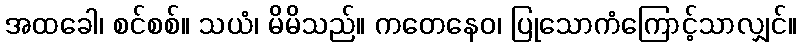
အထခေါ၊ စင်စစ်။ သယံ၊ မိမိသည်။ ကတေနေဝ၊ ပြုသောကံကြောင့်သာလျှင်။